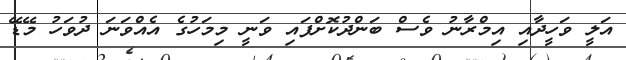
އަލީ ވަހީދާއި އިމްރާނު ވެސް ބަންދުކޮށްފައި ވަނީ މިމަހުގެ އެއްވަނަ ދުވަހު މޭޑޭ